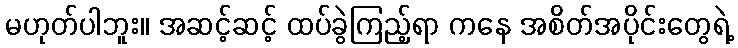
မဟုတ်ပါဘူး။ အဆင့်ဆင့် ထပ်ခွဲကြည့်ရာ ကနေ အစိတ်အပိုင်းတွေရဲ့